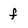
Character: f